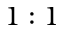
1 : 1